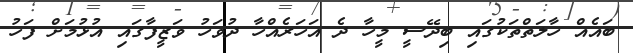
ބައެއް ހާލަތްތަކުގައި ބިދޭސީ މީހާ ދެ އަހަރެއްހާ ދުވަހު ވަޒީފާގައި އުޅުމަށް ފަހު